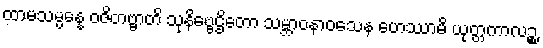
ထာမသမ္ပန္နေ ဝဇိတဗ္ဗာတိ သုနိဗ္ဗေဌိတော သမ္ဘာဝနာဝသေန ဟေဿာမိ ယုတ္တကာလဉ္စ